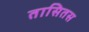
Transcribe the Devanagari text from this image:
तासितस